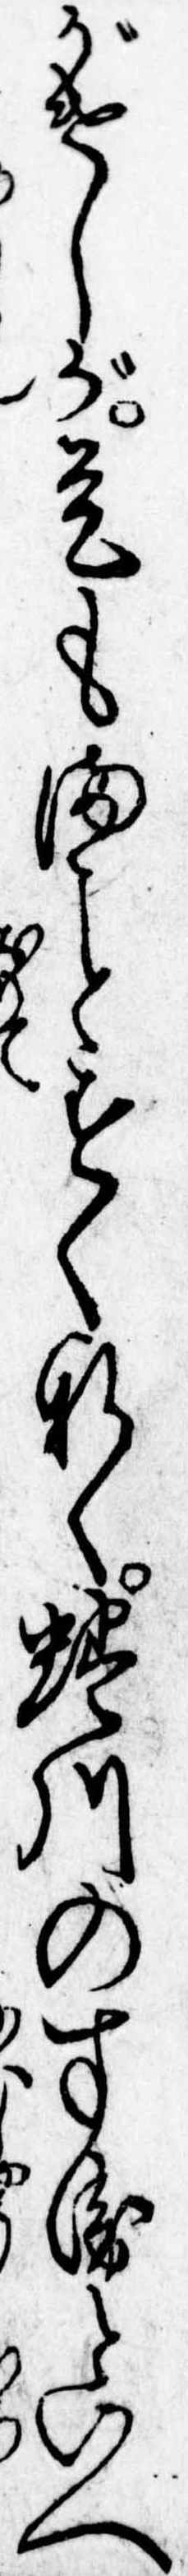
がけしが是もますくなく蜷川のすゑといへ